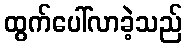
ထွက်ပေါ်လာခဲ့သည်